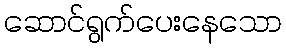
ဆောင်ရွက်ပေးနေသော